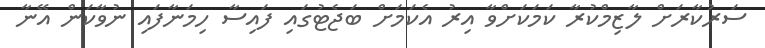
ސަރުކާރަށް ލާޒިމްކުރާ ކަމަކަށްވާ އިރު އެކަމަށް ބަޖެޓުގައި ފައިސާ ހިމަނާފައި ނުވާކަން އޭނާ